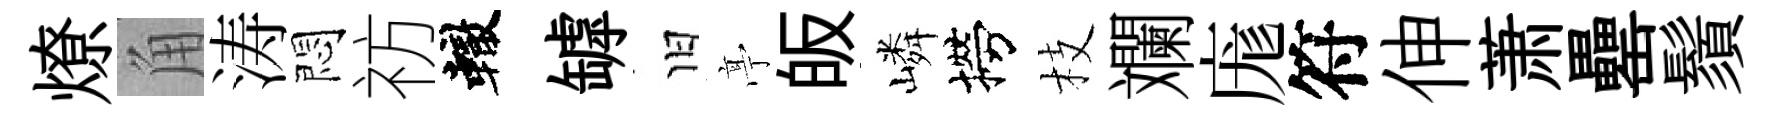
燎角涛悶祊轍罅旧𠅘皈嶙撈枝斕庬符伸萧罍鬚